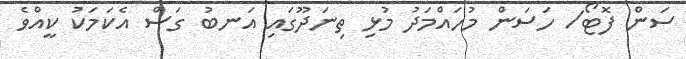
ސަން ފޮޓޯ/ ހަސަން މުހައްމަދު މުޅި ތިނަދޫގައި އަނބު ގަސް އެކަމަކު ކީއްވެ